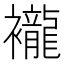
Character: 襱